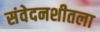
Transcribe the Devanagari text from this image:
संवेदनशीतला